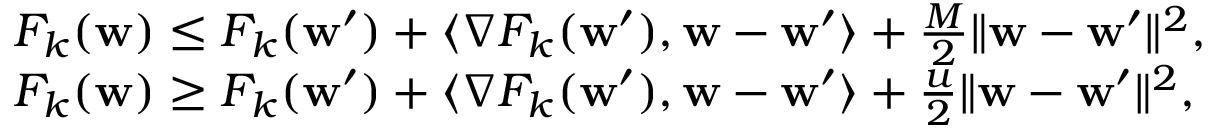
\begin{array} { r l } & { F _ { k } ( \mathbf { w } ) \leq F _ { k } ( \mathbf { w } ^ { \prime } ) + \langle \nabla F _ { k } ( \mathbf { w } ^ { \prime } ) , \mathbf { w } - \mathbf { w } ^ { \prime } \rangle + \frac { M } { 2 } \| \mathbf { w } - \mathbf { w } ^ { \prime } \| ^ { 2 } , } \\ & { F _ { k } ( \mathbf { w } ) \geq F _ { k } ( \mathbf { w } ^ { \prime } ) + \langle \nabla F _ { k } ( \mathbf { w } ^ { \prime } ) , \mathbf { w } - \mathbf { w } ^ { \prime } \rangle + \frac { u } { 2 } \| \mathbf { w } - \mathbf { w } ^ { \prime } \| ^ { 2 } , } \end{array}